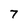
Character: 7